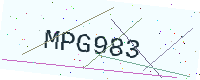
Text: MPG983